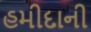
હમીદાની